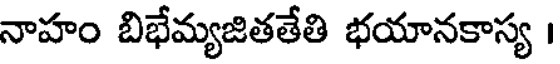
నాహం బిభేమ్యజితతేతి భయానకాస్య ।